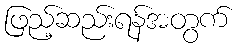
ဖြည့်ဆည်းရန်အတွက်